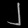
Digit: ၂